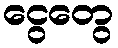
ငွေတွေ